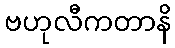
ဗဟုလီကတာနိ